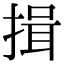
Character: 揖